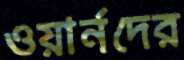
ওয়ার্নদের